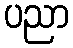
ပညာ